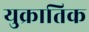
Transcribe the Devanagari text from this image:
युक्रातिक